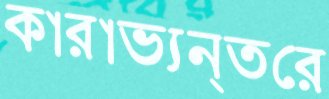
কারাভ্যন্তরে